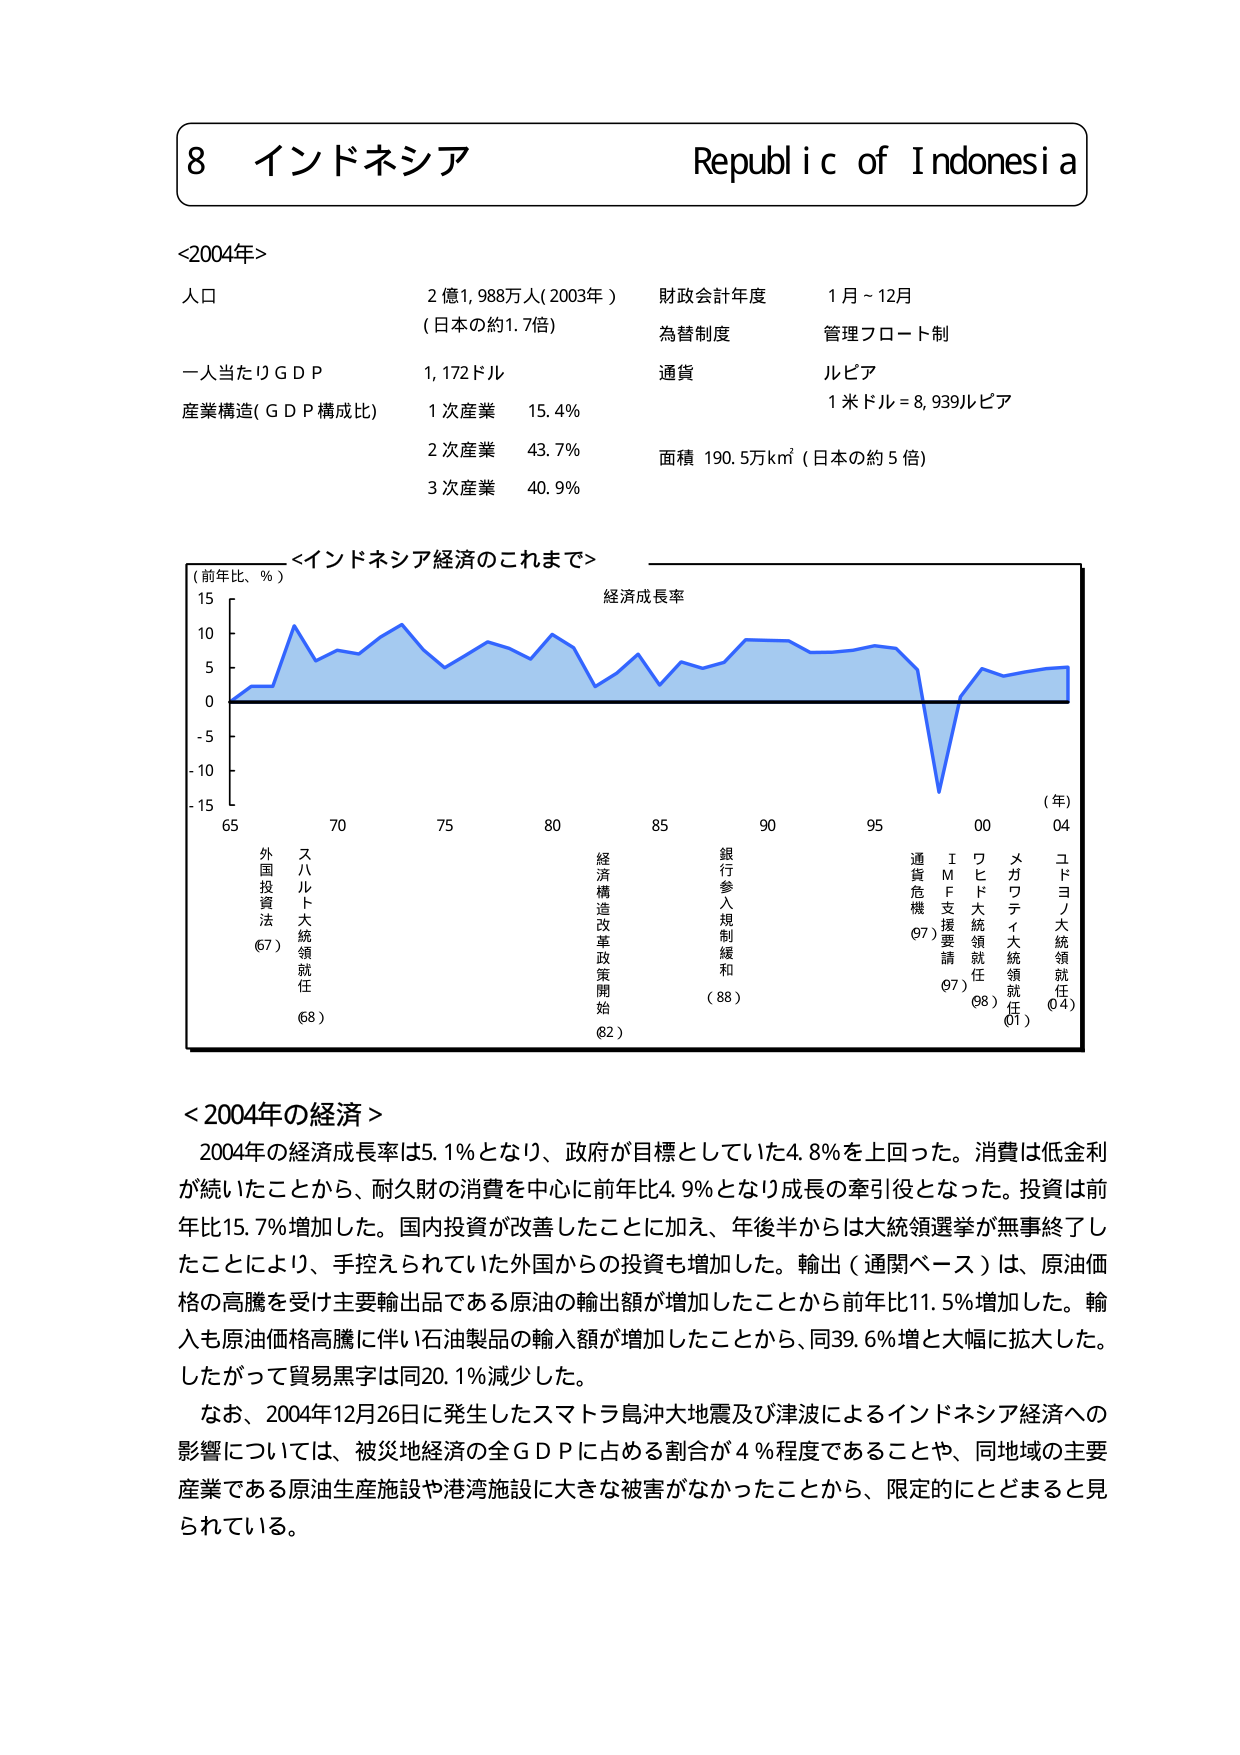
8 インドネシア Republic of Indonesia

<2004年>
人口 2億1,988万人(2003年) 財政会計年度 1月～12月
（日本の約1.7倍） 為替制度 管理フロート制
一人当たりGDP 1,172ドル 通貨 ルピア
産業構造(GDP構成比) 1次産業 15.4% 1米ドル＝8,939ルピア
2次産業 43.7% 面積 190.5万km²（日本の約5倍）
3次産業 40.9%

<インドネシア経済のこれまで>
（前年比、％） 経済成長率
15
10
5
0
-5
-10
-15
65 70 75 80 85 90 95 00 04
（年）
外国投資法 （67）
スハルト大統領就任 （68）
経済構造改革政策開始 （82）
銀行参入規制緩和 （88）
通貨危機 （97）
IMF支援要請 （97）
ワヒド大統領就任 （98）
メガワティ大統領就任 （01）
ユドヨノ大統領就任 （04）

<2004年の経済>
2004年の経済成長率は5.1％となり、政府が目標としていた4.8％を上回った。消費は低金利が続いたことから、耐久財の消費を中心に前年比4.9％となり成長の牽引役となった。投資は前年比15.7％増加した。国内投資が改善したことに加え、年後半からは大統領選挙が無事終了したことにより、手控えられていた外国からの投資も増加した。輸出（通関ベース）は、原油価格の高騰を受け主要輸出品である原油の輸出額が増加したことから前年比11.5％増加した。輸入も原油価格高騰に伴い石油製品の輸入額が増加したことから、同39.6％増と大幅に拡大した。したがって貿易黒字は同20.1％減少した。
なお、2004年12月26日に発生したスマトラ島沖大地震及び津波によるインドネシア経済への影響については、被災地経済の全GDPに占める割合が4％程度であることや、同地域の主要産業である原油生産施設や港湾施設に大きな被害がなかったことから、限定的にとどまると見られている。